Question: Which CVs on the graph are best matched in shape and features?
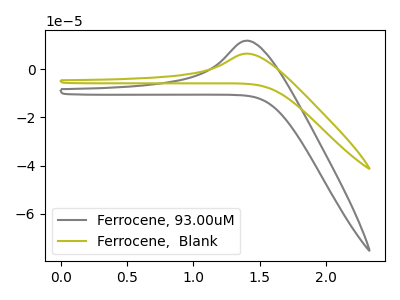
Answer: <think>The gray curve "Ferrocene, 93.00uM" has an anodic peak at: (1.40V, 11.95uA). The olive curve "Ferrocene,  Blank" has an anodic peak at: (1.40V, 6.55uA).
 All the peaks in "Ferrocene, 93.00uM" have a peak in "Ferrocene,  Blank" at the same potential. Every peak in "Ferrocene, 93.00uM" is higher than every peak in "Ferrocene,  Blank".</think>
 <answer>"Ferrocene, 93.00uM" and "Ferrocene,  Blank" have the same shape and are likely CV's of the same chemical.</answer>
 <eval>"Ferrocene, 93.00uM" "Ferrocene,  Blank"</eval>